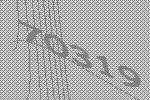
70319